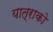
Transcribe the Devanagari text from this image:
यात्राको